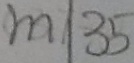
m \vert 3 5